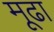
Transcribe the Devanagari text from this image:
मूढा